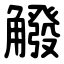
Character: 䚨